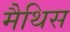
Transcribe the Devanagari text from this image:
मैथिस